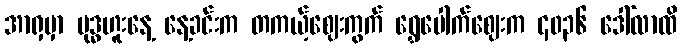
အာရှမှာ ဗုဒ္ဓဟူးနေ့ နေ့ခင်းက တကယ့်ဈေးကွက် ရွှေပေါက်ဈေးက ၄၀၃၆ ဒေါ်လာထိ